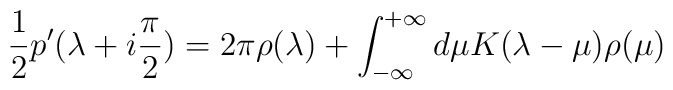
{1\over2}p'(\lambda+i{\pi\over2}) = 2\pi \rho(\lambda)      + \int_{-\infty}^{+\infty} d\mu K(\lambda-\mu) \rho(\mu)